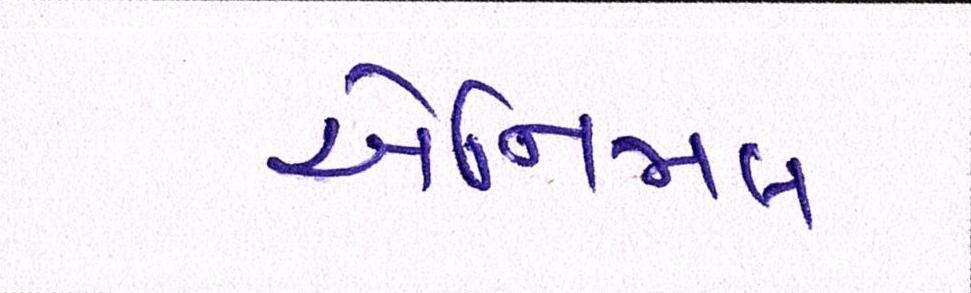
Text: એનિમલ